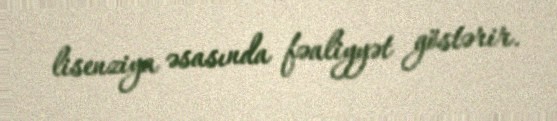
lisenziya əsasında fəaliyyət göstərir.